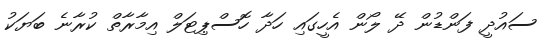
ސައުދީ ފަންޑުން ދޭ ލޯން އެހީގައި ހަދާ ހޮސްޕިޓަލް އިމާރާތް ކުރާނެ ބަޔަކު